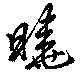
曉